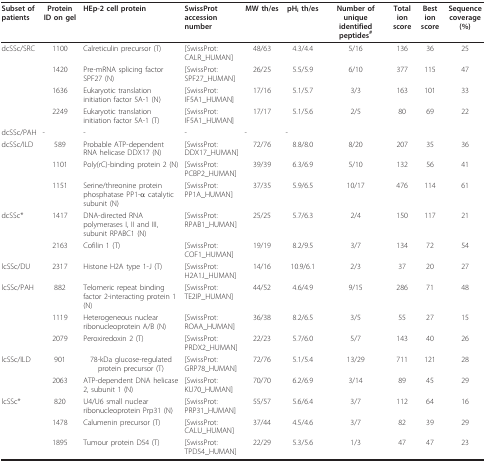
<table><thead><tr><td><b>Subset of patients</b></td><td><b>Protein ID on gel</b></td><td><b>HEp-2 cell protein</b></td><td><b>SwissProt accession number</b></td><td><b>MW th/es</b></td><td><b>pH<sub>i </sub>th/es</b></td><td><b>Number of unique identified peptides<sup>#</sup></b></td><td><b>Total ion score</b></td><td><b>Best ion score</b></td><td><b>Sequence coverage (%)</b></td></tr></thead><tbody><tr><td>dcSSc/SRC</td><td>1100</td><td>Calreticulin precursor (T)</td><td>[SwissProt:CALR_HUMAN]</td><td>48/63</td><td>4.3/4.4</td><td>5/16</td><td>136</td><td>36</td><td>25</td></tr><tr><td></td><td>1420</td><td>Pre-mRNA splicing factor SPF27 (N)</td><td>[SwissProt:SPF27_HUMAN]</td><td>26/25</td><td>5.5/5.9</td><td>6/10</td><td>377</td><td>115</td><td>47</td></tr><tr><td></td><td>1636</td><td>Eukaryotic translation initiation factor 5A-1 (N)</td><td>[SwissProt:IF5A1_HUMAN]</td><td>17/16</td><td>5.1/5.7</td><td>3/3</td><td>163</td><td>101</td><td>33</td></tr><tr><td></td><td>2249</td><td>Eukaryotic translation initiation factor 5A-1 (T)</td><td>[SwissProt:IF5A1_HUMAN]</td><td>17/17</td><td>5.1/5.6</td><td>2/5</td><td>80</td><td>69</td><td>22</td></tr><tr><td>dcSSc/PAH</td><td>-</td><td>-</td><td>-</td><td>-</td><td>-</td><td></td><td></td><td></td><td></td></tr><tr><td>dcSSc/ILD</td><td>589</td><td>Probable ATP-dependent RNA helicase DDX17 (N)</td><td>[SwissProt:DDX17_HUMAN]</td><td>72/76</td><td>8.8/8.0</td><td>8/20</td><td>207</td><td>35</td><td>36</td></tr><tr><td></td><td>1101</td><td>Poly(rC)-binding protein 2 (N)</td><td>[SwissProt:PCBP2_HUMAN]</td><td>39/39</td><td>6.3/6.9</td><td>5/10</td><td>132</td><td>56</td><td>41</td></tr><tr><td></td><td>1151</td><td>Serine/threonine protein phosphatase PP1-α catalytic subunit (N)</td><td>[SwissProt:PP1A_HUMAN]</td><td>37/35</td><td>5.9/6.5</td><td>10/17</td><td>476</td><td>114</td><td>61</td></tr><tr><td>dcSSc*</td><td>1417</td><td>DNA-directed RNA polymerases I, II and III, subunit RPABC1 (N)</td><td>[SwissProt:RPAB1_HUMAN]</td><td>25/25</td><td>5.7/6.3</td><td>2/4</td><td>150</td><td>117</td><td>21</td></tr><tr><td></td><td>2163</td><td>Cofilin 1 (T)</td><td>[SwissProt:COF1_HUMAN]</td><td>19/19</td><td>8.2/9.5</td><td>3/7</td><td>134</td><td>72</td><td>54</td></tr><tr><td>lcSSc/DU</td><td>2317</td><td>Histone H2A type 1-J (T)</td><td>[SwissProt:H2A1J_HUMAN]</td><td>14/16</td><td>10.9/6.1</td><td>2/3</td><td>37</td><td>20</td><td>27</td></tr><tr><td>lcSSc/PAH</td><td>882</td><td>Telomeric repeat binding factor 2-interacting protein 1 (N)</td><td>[SwissProt:TE2IP_HUMAN]</td><td>44/52</td><td>4.6/4.9</td><td>9/15</td><td>286</td><td>71</td><td>48</td></tr><tr><td></td><td>1119</td><td>Heterogeneous nuclear ribonucleoprotein A/B (N)</td><td>[SwissProt:ROAA_HUMAN]</td><td>36/38</td><td>8.2/6.5</td><td>3/5</td><td>55</td><td>27</td><td>15</td></tr><tr><td></td><td>2079</td><td>Peroxiredoxin 2 (T)</td><td>[SwissProt:PRDX2_HUMAN]</td><td>22/23</td><td>5.7/6.0</td><td>5/7</td><td>143</td><td>40</td><td>26</td></tr><tr><td>lcSSc/ILD</td><td>901</td><td>78-kDa glucose-regulated protein precursor (T)</td><td>[SwissProt:GRP78_HUMAN]</td><td>72/76</td><td>5.1/5.4</td><td>13/29</td><td>711</td><td>121</td><td>28</td></tr><tr><td></td><td>2063</td><td>ATP-dependent DNA helicase 2, subunit 1 (N)</td><td>[SwissProt:KU70_HUMAN]</td><td>70/70</td><td>6.2/6.9</td><td>3/14</td><td>89</td><td>45</td><td>29</td></tr><tr><td>lcSSc*</td><td>820</td><td>U4/U6 small nuclear ribonucleoprotein Prp31 (N)</td><td>[SwissProt:PRP31_HUMAN]</td><td>55/57</td><td>5.6/6.4</td><td>3/7</td><td>112</td><td>64</td><td>16</td></tr><tr><td></td><td>1478</td><td>Calumenin precursor (T)</td><td>[SwissProt:CALU_HUMAN]</td><td>37/44</td><td>4.5/4.6</td><td>3/7</td><td>82</td><td>39</td><td>29</td></tr><tr><td></td><td>1895</td><td>Tumour protein D54 (T)</td><td>[SwissProt:TPD54_HUMAN]</td><td>22/29</td><td>5.3/5.6</td><td>1/3</td><td>47</td><td>47</td><td>23</td></tr></tbody></table>